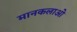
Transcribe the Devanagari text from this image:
मानकलाओ